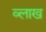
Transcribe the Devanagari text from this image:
व्लाख